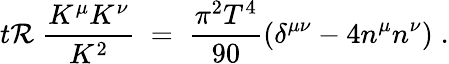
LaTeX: t\mathcal{R}\; \frac{{K^{\mu}K^{\nu}}}{{K^{2}}}\; =\; \frac{{\pi^{2}T^{4}}}{{90}}\left(\delta^{\mu\nu}-4n^{\mu}n^{\nu}\right)\; .